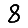
Digit: 8